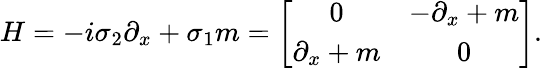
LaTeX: H=-i\sigma_{2}\partial_{x}+\sigma_{1}m=\left[\begin{array}{cc}{{0}}&{{-\partial_{x}+m}}\\ {{\partial_{x}+m}}&{{0}}\end{array}\right].